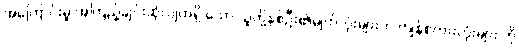
အကြောင်းမူ အကြည့်ချင်းဆုံလျက်ရှိ သော သူတို့နှစ်ဦး၏မျက်လုံးများက ကျန်စကားလုံးများ ကို